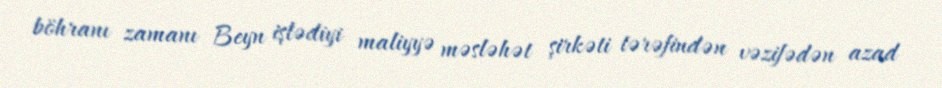
böhranı zamanı Beyn işlədiyi maliyyə məsləhət şirkəti tərəfindən vəzifədən azad